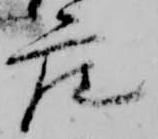
座